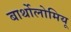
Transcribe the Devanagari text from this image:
बार्थोलोमियू